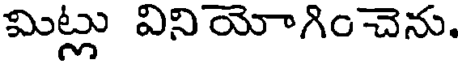
మిట్లు వినియోగించెను.